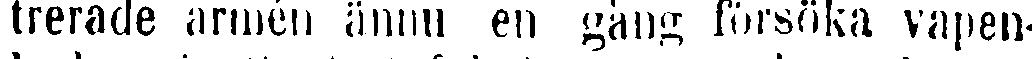
trerade armén ännu en gång försöka vapen-